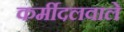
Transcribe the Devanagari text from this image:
कर्मीदलवाले